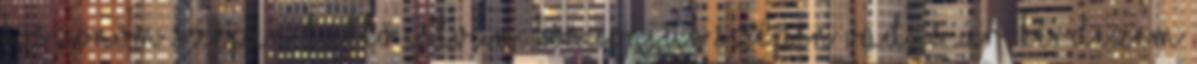
Köszönöm szépen. Tüttő István: Köszönjük szépen Vadas úr. Kérdezem